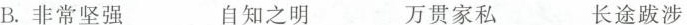
B. 非常坚强 自知之明 万贯家私 长途跋涉